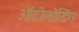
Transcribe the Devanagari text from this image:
ऑटोलोडिंग